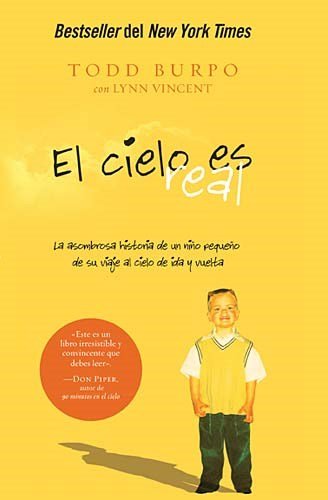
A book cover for El cielo es real: La asombrosa historia de un niÃ±o pequeÃ±o de su viaje al cielo de ida y vuelta (Spanish Edition); Todd Burpo; Christian Books & Bibles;